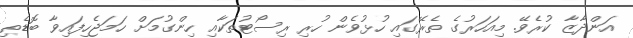
އަންދާޒާ ކުރެވޭ. މިއަހަރުގެ ތެރޭގައި ހުޅުވެން ހުރި ރިސޯޓުތަކާއި ހިންގުމަށް ހަމަޖެހިފައިވާ ބޮޑެތި